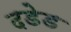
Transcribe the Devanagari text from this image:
दडेड